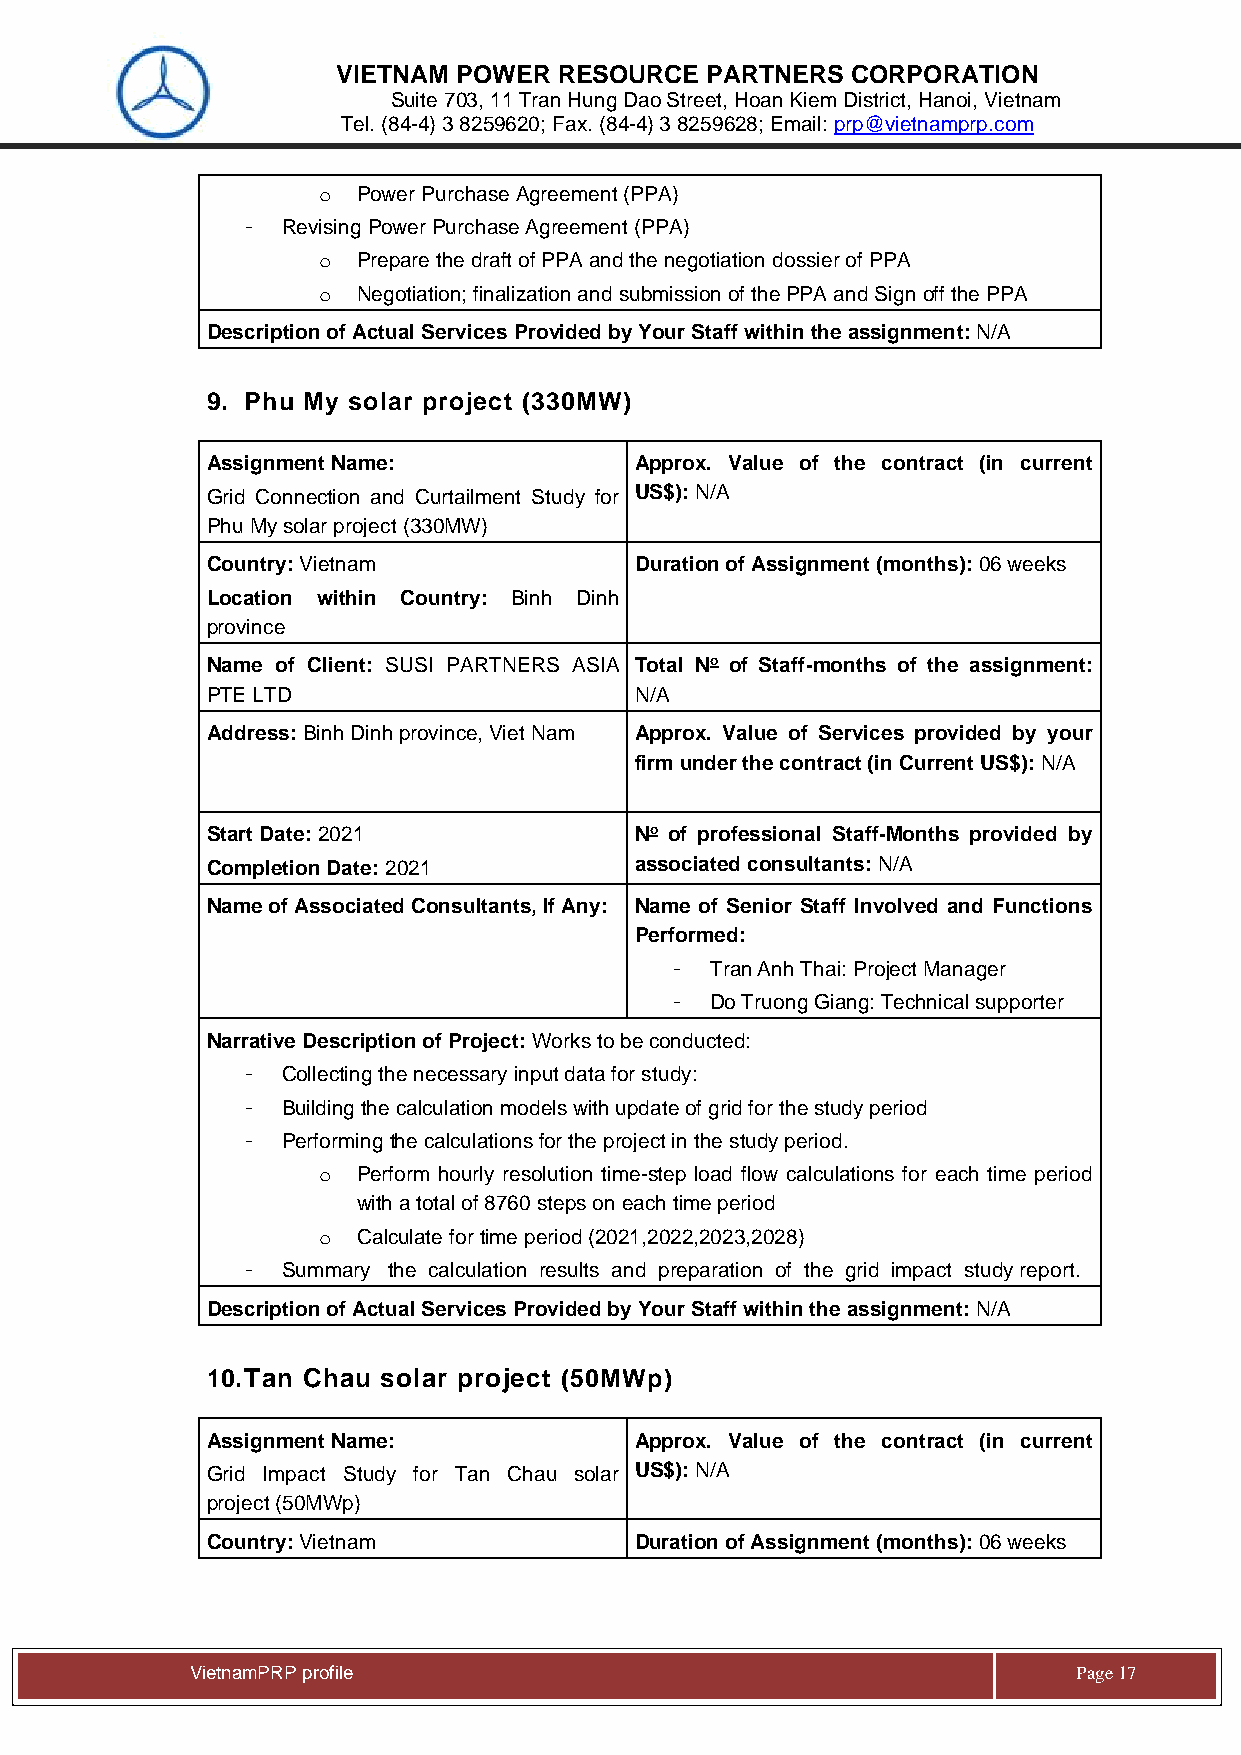
VIETNAM POWER  RESOURCE  PARTNERS CORPORATION
 Suite 703, 11 Tran Hung Dao Street, Hoan Kiem District, Hanoi, Vietnam
 Tel. (84-4) 3 8259620; Fax. (84-4) 3 8259628; Email: prp@vietnamprp.com
 o  Power Purchase Agreement (PPA)
 -  Revising Power Purchase Agreement (PPA)
 o  Prepare the draft of PPA and the negotiation dossier of PPA
 o  Negotiation; finalization and submission of the PPA and Sign off the PPA
 Description of Actual Services Provided by Your Staff within the assignment: N/A
 9. Phu My solar project (330MW)
 Assignment Name:            Approx. Value of the contract (in current
 Grid Connection and Curtailment Study for US$): N/A
 Phu My solar project (330MW)
 Country: Vietnam            Duration of Assignment (months): 06 weeks
 Location within Country: Binh Dinh
 province
 Name of Client: SUSI PARTNERS ASIA Total No of Staff-months of the assignment:
 PTE LTD                     N/A
 Address: Binh Dinh province, Viet Nam Approx. Value of Services provided by your
 firm under the contract (in Current US$): N/A
 Start Date: 2021            No of professional Staff-Months provided by
 Completion Date: 2021       associated consultants: N/A
 Name of Associated Consultants, If Any: Name of Senior Staff Involved and Functions
 Performed:
 -  Tran Anh Thai: Project Manager
 -  Do Truong Giang: Technical supporter
 Narrative Description of Project: Works to be conducted:
 -  Collecting the necessary input data for study:
 -  Building the calculation models with update of grid for the study period
 -  Performing the calculations for the project in the study period.
 o  Perform hourly resolution time-step load flow calculations for each time period
 with a total of 8760 steps on each time period
 o  Calculate for time period (2021,2022,2023,2028)
 -  Summary the calculation results and preparation of the grid impact study report.
 Description of Actual Services Provided by Your Staff within the assignment: N/A
 10. Tan Chau solar project (50MWp)
 Assignment Name:            Approx. Value of the contract (in current
 Grid Impact Study for Tan Chau solar US$): N/A
 project (50MWp)
 Country: Vietnam            Duration of Assignment (months): 06 weeks
 Vie tnamPRP profile                                       Page 17